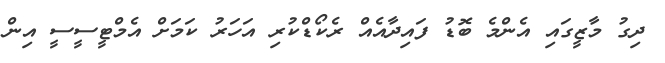
ދިގު މާޒީގައި އެންމެ ބޮޑު ފައިދާއެއް ރެކޯޑްކުރި އަހަރު ކަމަށް އެމްޓީސީސީ އިން